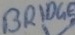
Text: BRIDGE